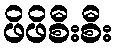
ဖိဖိစီးစီး